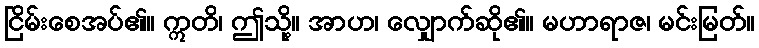
ငြိမ်းစေအပ်၏။ ဣတိ၊ ဤသို့။ အာဟ၊ လျှောက်ဆို၏။ မဟာရာဇ၊ မင်းမြတ်။